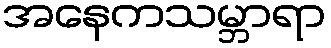
အနေကသမ္ဘာရာ